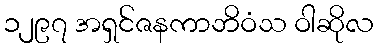
၁၂၉၇ အရှင်ဇနကာဘိဝံသ ဝါဆိုလ